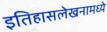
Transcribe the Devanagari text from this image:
इतिहासलेखनामध्ये